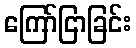
ကြော်ငြာခြင်း